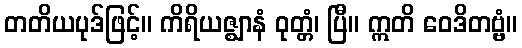
တတိယပုဒ်ဖြင့်။ ကိရိယဇ္ဈာနံ ဝုတ္တံ၊ ပြီ။ ဣတိ ဝေဒိတဗ္ဗံ။